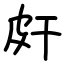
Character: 皯